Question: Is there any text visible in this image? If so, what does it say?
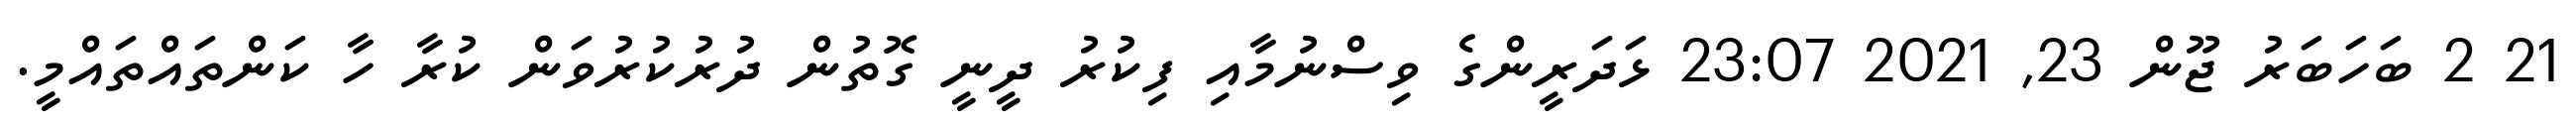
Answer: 21 2 ބަހަބަރު ޖޫން 23, 2021 23:07 ޅަދަރީންގެ ވިސްނުމާއި ފިކުރު ދީނީ ގޮތުން ދުރުކުރުވަން ކުރާ ހާ ކަންތައްތައްމީ.